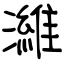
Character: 濰